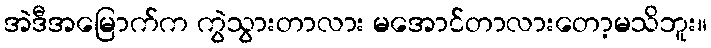
အဲဒီအမြောက်က ကွဲသွားတာလား မအောင်တာလားတော့မသိဘူး။